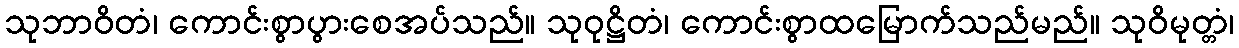
သုဘာဝိတံ၊ ကောင်းစွာပွားစေအပ်သည်။ သုဝုဋ္ဌိတံ၊ ကောင်းစွာထမြောက်သည်မည်။ သုဝိမုတ္တံ၊